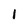
Character: i